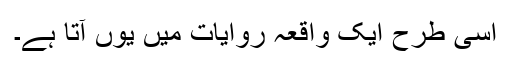
اسی طرح ایک واقعہ روایات میں یوں آتا ہے۔